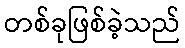
တစ်ခုဖြစ်ခဲ့သည်